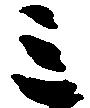
ミ